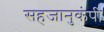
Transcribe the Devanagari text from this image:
सहजानुकंपी